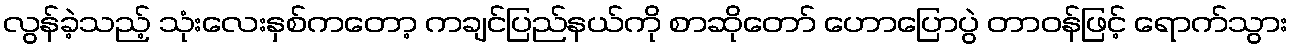
လွန်ခဲ့သည့် သုံးလေးနှစ်ကတော့ ကချင်ပြည်နယ်ကို စာဆိုတော် ဟောပြောပွဲ တာဝန်ဖြင့် ရောက်သွား